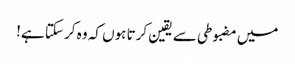
میں مضبوطی سے یقین کرتا ہوں کہ وہ کر سکتا ہے!